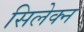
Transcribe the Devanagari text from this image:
सिलेक्न